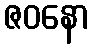
ဇဝနော